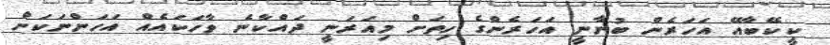
ކީކޭބާއޭ އަހަރެން ބުނާނީ އަހަރެންގެ ހިތަށް މިއަރަނީ ދައްކާނެ ވާހަކައެއް އަހަންނަކަށް